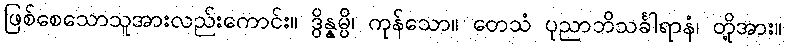
ဖြစ်စေသောသူအားလည်းကောင်း။ ဒွိန္နမ္ပိ၊ ကုန်သော။ တေသံ ပုညာဘိသင်္ခါရာနံ၊ တို့အား။